Document type: Testament
Year: 1362
Scribe: Berenguer Vergós
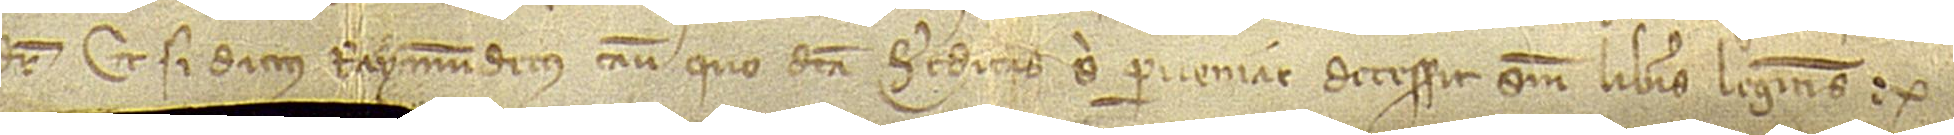
dicitur “Et si dictus Raymundetus casu quo dicta hereditas sibi perveniat decesserit sine liberis legitimis”.